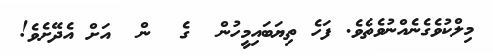
މިލްކުވެގެނެއްނުވެެތެވެ. ފަހެ ތިޔަބައިމީހުން  ގެ  ން  އަށް އެދޭށެވެ!